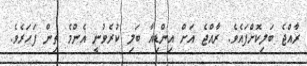
ރާއްޖެ ބަލިކޮށްފައެވެ. ރާއްޖެ އަށް އިންޑިއާ ބަލި ކުރެވުނީ އެންމެ ތިން ފަހަރެވެ.